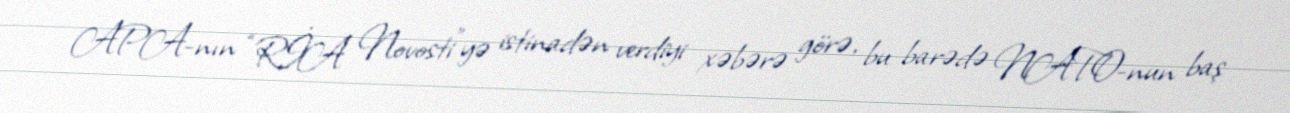
APA-nın “RİA Novosti”yə istinadən verdiyi xəbərə görə, bu barədə NATO-nun baş